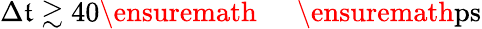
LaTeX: \Delta\mathfrak{t}\gtrsim40\ensuremath{{\mathrm{{~\textrm{~}{~\, ~}~}}}}\ensuremath{{\mathrm{{ps}}}}